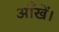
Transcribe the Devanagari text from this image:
आँखें।